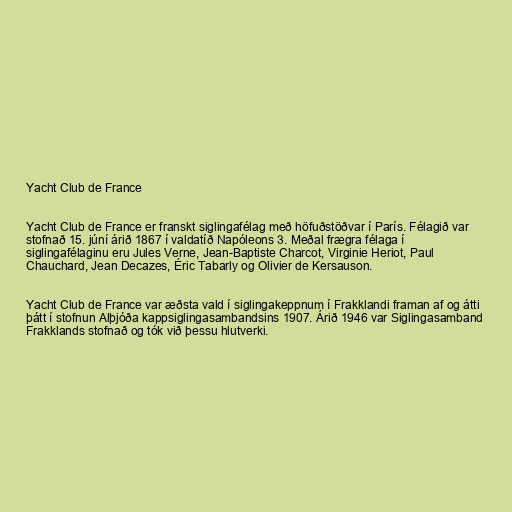
Yacht Club de France

Yacht Club de France er franskt siglingafélag með höfuðstöðvar í París. Félagið var
stofnað 15. júní árið 1867 í valdatíð Napóleons 3. Meðal frægra félaga í
siglingafélaginu eru Jules Verne, Jean-Baptiste Charcot, Virginie Heriot, Paul
Chauchard, Jean Decazes, Éric Tabarly og Olivier de Kersauson.

Yacht Club de France var æðsta vald í siglingakeppnum í Frakklandi framan af og átti
þátt í stofnun Alþjóða kappsiglingasambandsins 1907. Árið 1946 var Siglingasamband
Frakklands stofnað og tók við þessu hlutverki.